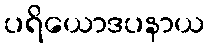
ပရိယောဒပနာယ